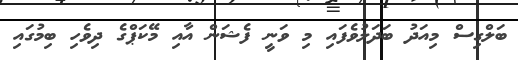
ބަލްގިސް މިއަދު ބަދަލުވެފައި މި ވަނީ ފެޝަން އާއި މޭކަޕްގެ ދިވެހި ބިމުގައި